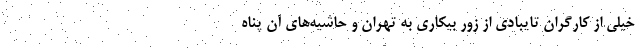
خیلی از کارگران تایبادی از زور بیکاری به تهران و حاشیه‌های آن پناه